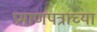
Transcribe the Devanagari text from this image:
प्रमाणपत्राच्या